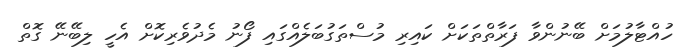
ހުއްޓާލުމަށް ބޭނުންވާ ފަރާތްތަކަށް ކައިރި މުސްތަގުބަލެއްގައި ފޯނު މެދުވެރިކޮށް އެހީ ލިބޭނޭ ގޮތް